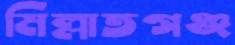
মিল্লাতগঞ্জ